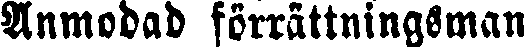
Anmodad förrattningsman